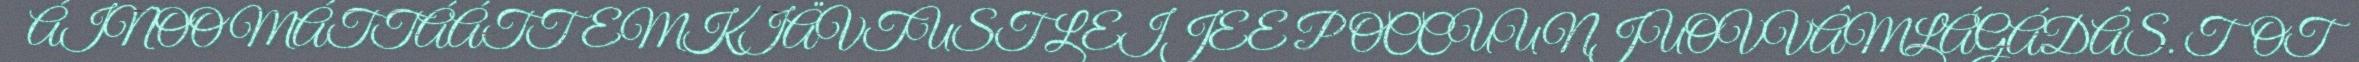
ÁINOO MÁTTÁÁTTEMKIÄVTUST LEIJEE POCCUUNJUOVVÂMLÁGÁDÂS. TOT